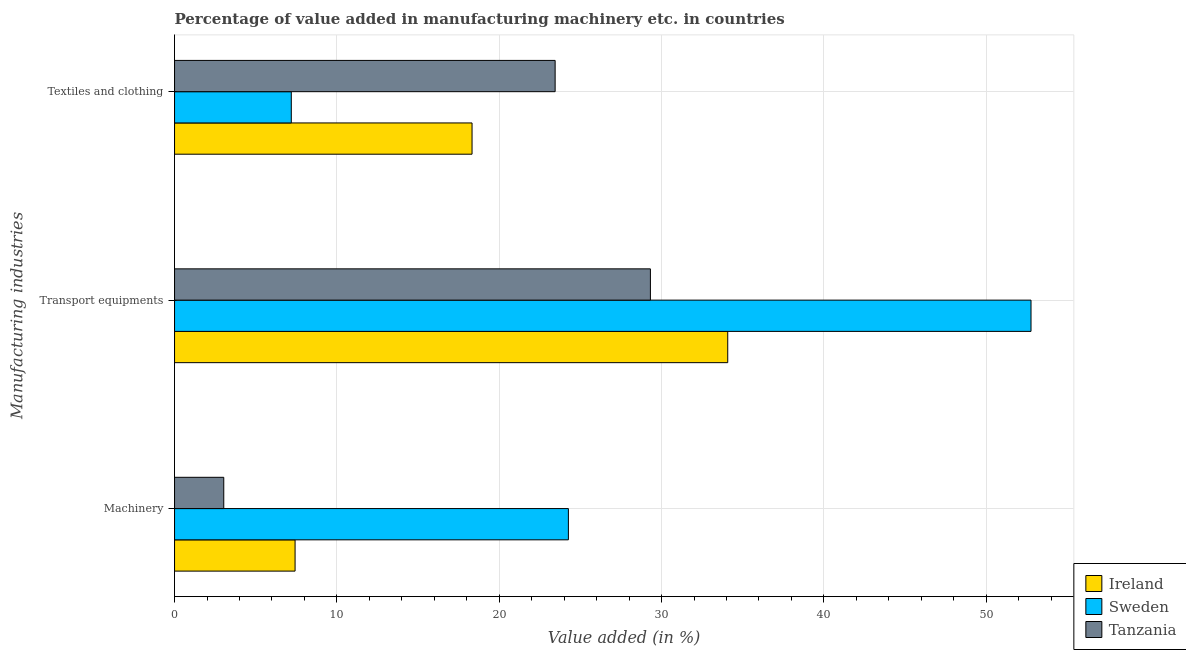
| Manufacturing industries | Ireland | Sweden | Tanzania |
 | --- | --- | --- | --- |
 | Machinery | 7.42 | 24.3 | 3.03 |
 | Transport equipments | 34.1 | 52.8 | 29.3 |
 | Textiles and clothing | 18.3 | 7.19 | 23.4 |